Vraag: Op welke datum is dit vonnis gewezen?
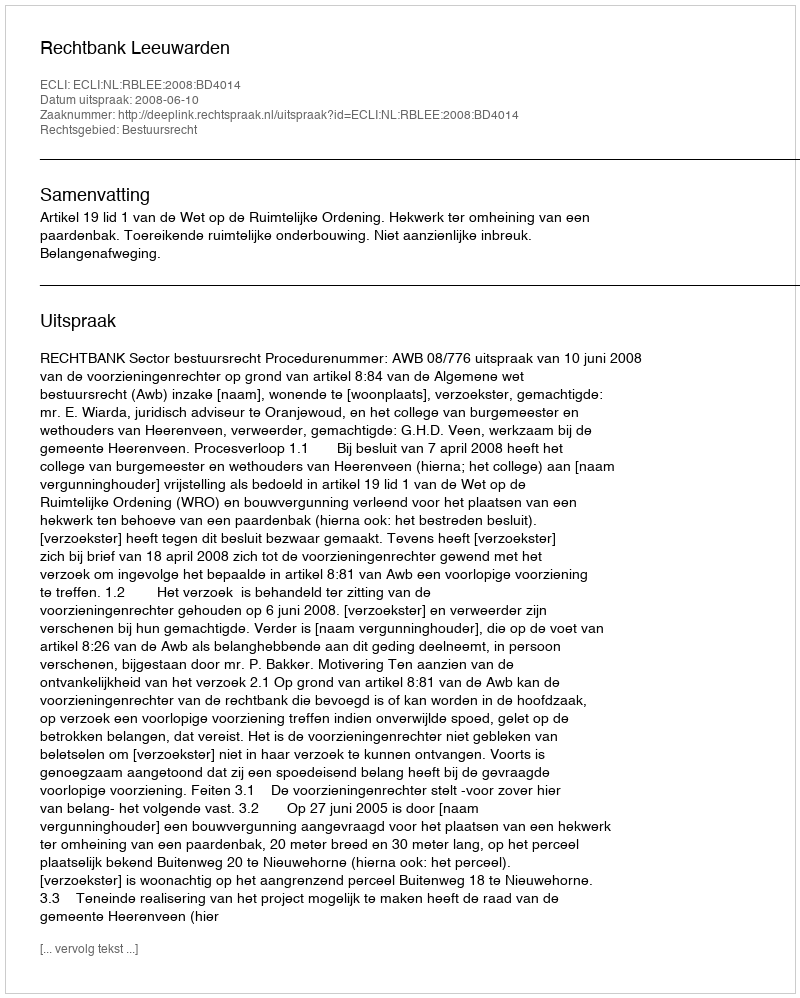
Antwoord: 2008-06-10